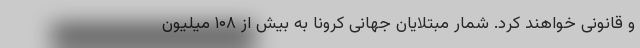
و قانونی خواهند کرد. شمار مبتلایان جهانی کرونا به بیش از ۱۰۸ میلیون